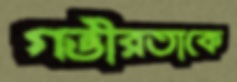
গভীরতাকে